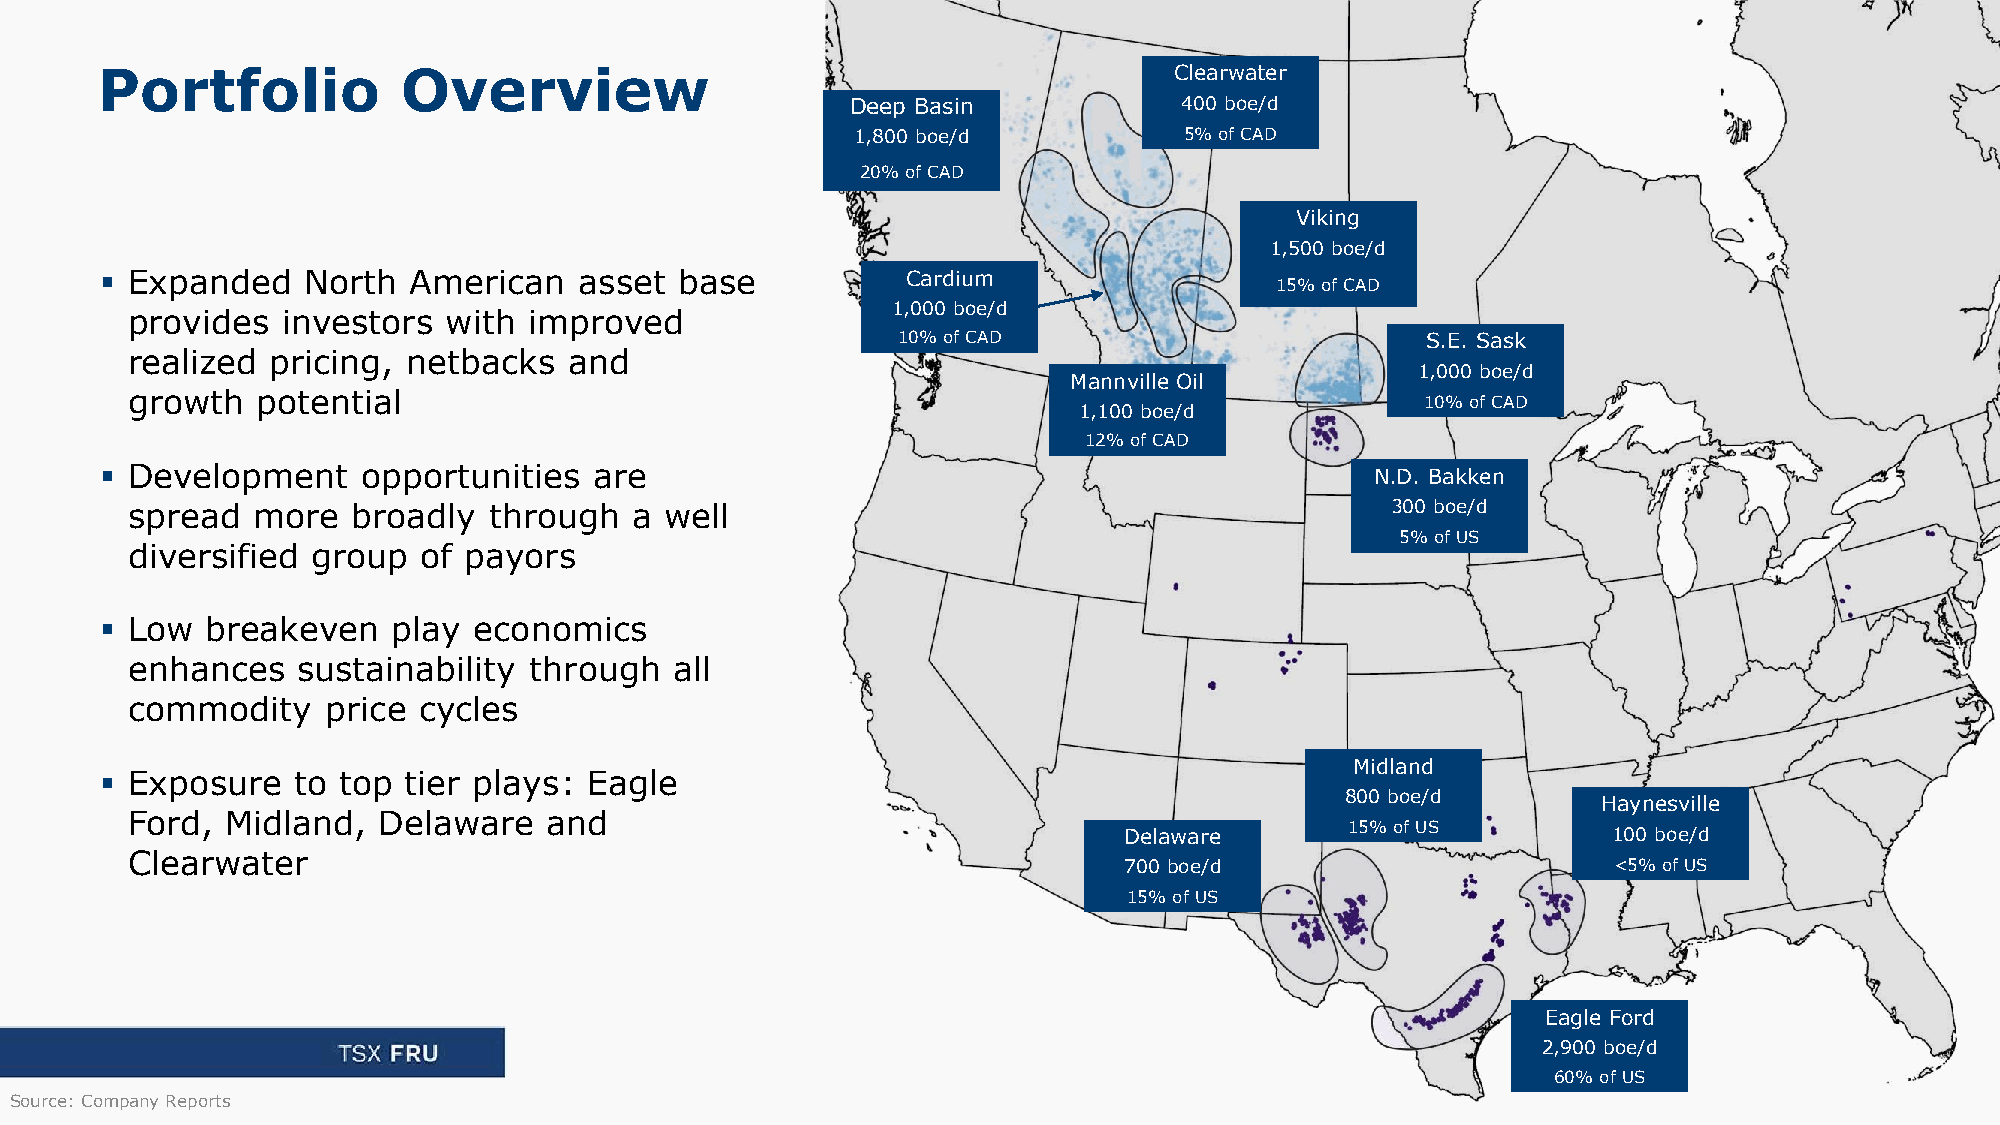
Portfolio            Overview                                           Clearwater
 Deep Basin            400 boe/d
 1,800 boe/d          5% of CAD
 20% of CAD
 Viking
 1,500 boe/d
 ▪ Expanded   North  American   asset  base           Cardium
 15% of CAD
 1,000 boe/d
 provides   investors with  improved
 10% of CAD                         S.E. Sask
 realized  pricing, netbacks   and
 1,000 boe/d
 Mannville Oil
 growth   potential                                                                    10% of CAD
 1,100 boe/d
 12% of CAD
 ▪ Development    opportunities  are                                                 N.D. Bakken
 spread   more  broadly  through   a well                                            300 boe/d
 5% of US
 diversified  group  of payors
 ▪ Low  breakeven   play economics
 enhances    sustainability through   all
 commodity     price cycles
 Midland
 ▪ Exposure  to top  tier plays: Eagle
 800 boe/d
 Haynesville
 Ford,  Midland,  Delaware   and
 15% of US
 Delaware                         100 boe/d
 Clearwater
 700 boe/d                        <5% of US
 15% of US
 Eagle Ford
 2,900 boe/d
 60% of US
 Source: Company Reports